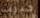
حبيب